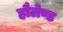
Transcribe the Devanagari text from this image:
हौलेण्ड